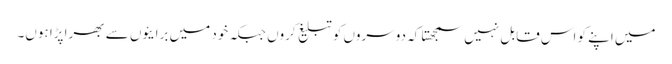
میں اپنے کو اس قابل نہیں سمجھتا کہ دوسروں کو تبلیغ کروں جبکہ خود میں برایئوں سے بھرا پڑا ہوں۔